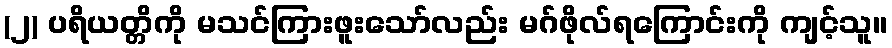
(၂) ပရိယတ္တိကို မသင်ကြားဖူးသော်လည်း မဂ်ဖိုလ်ရကြောင်းကို ကျင့်သူ။